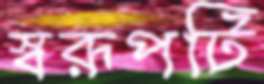
স্বরূপটি